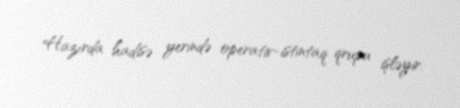
Hazırda hadisə yerində operativ-istintaq qrupu işləyir.